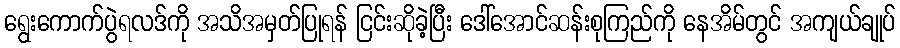
ရွေးကောက်ပွဲရလဒ်ကို အသိအမှတ်ပြုရန် ငြင်းဆိုခဲ့ပြီး ဒေါ်အောင်ဆန်းစုကြည်ကို နေအိမ်တွင် အကျယ်ချုပ်